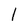
Character: I